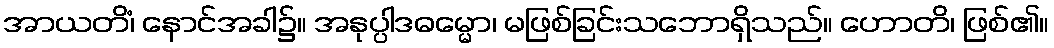
အာယတိံ၊ နောင်အခါ၌။ အနုပ္ပါဒဓမ္မော၊ မဖြစ်ခြင်းသဘောရှိသည်။ ဟောတိ၊ ဖြစ်၏။